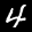
Label: 4